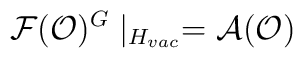
\mathcal{F}(\mathcal{O})^{G}\mid _{H_{vac}}=\mathcal{A(O)}